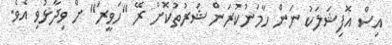
އިސް އޮފިޝަލަކު ނަން ހާމަނުކުރަން ޝަރުތުކޮށް ރޭ "ހަވީރަ" ށް ވިދާޅުވި އެވެ.